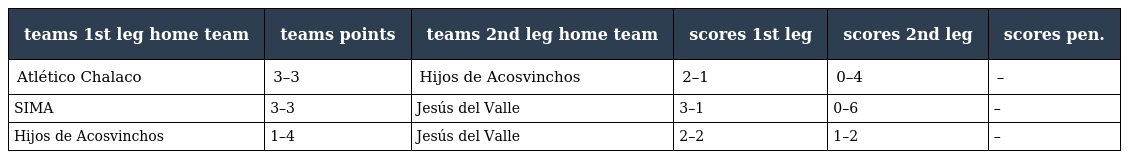
| teams 1st leg home team | teams points | teams 2nd leg home team | scores 1st leg | scores 2nd leg | scores pen. |
 | --- | --- | --- | --- | --- | --- |
 | Atlético Chalaco | 3–3 | Hijos de Acosvinchos | 2–1 | 0–4 | – |
 | SIMA | 3–3 | Jesús del Valle | 3–1 | 0–6 | – |
 | Hijos de Acosvinchos | 1–4 | Jesús del Valle | 2–2 | 1–2 | – |